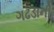
ગઢડાની